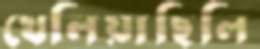
খেলিয়াছিলি